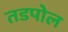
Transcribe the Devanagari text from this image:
तडपोल